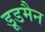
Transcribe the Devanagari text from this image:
डूडमैन